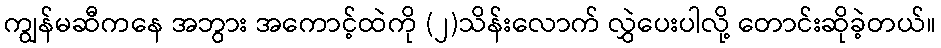
ကျွန်မဆီကနေ အဘွား အကောင့်ထဲကို (၂)သိန်းလောက် လွှဲပေးပါလို့ တောင်းဆိုခဲ့တယ်။